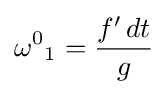
{\omega ^{0}}_{1}={\frac {f'\,dt}{g}}